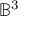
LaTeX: \mathbb { B } ^ { 3 }